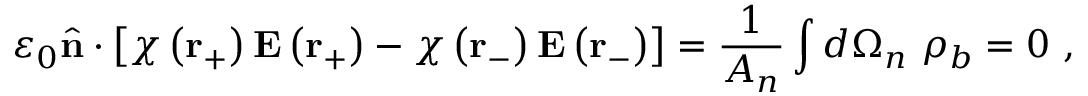
\varepsilon _ { 0 } { \hat { \mathbf { n } } } \cdot \left[ \chi \left( \mathbf { r } _ { + } \right) \mathbf { E } \left( \mathbf { r } _ { + } \right) - \chi \left( \mathbf { r } _ { - } \right) \mathbf { E } \left( \mathbf { r } _ { - } \right) \right] = { \frac { 1 } { A _ { n } } } \int d \Omega _ { n } \ \rho _ { b } = 0 \ ,